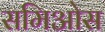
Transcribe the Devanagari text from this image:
समिओस